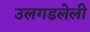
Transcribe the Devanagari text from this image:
उलगडलेली